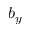
b _ { y }